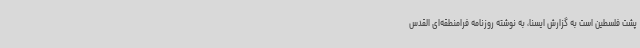
پشت فلسطین است به گزارش ایسنا، به نوشته روزنامه فرامنطقه‌ای القدس